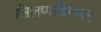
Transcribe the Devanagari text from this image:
सिलप्पडिगारन्